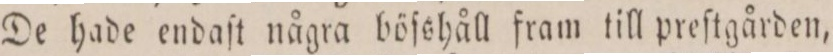
De hade endaſt några böſshåll fram till preſtgården,